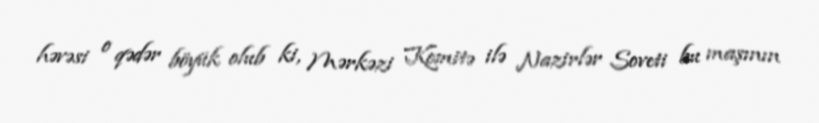
həvəsi o qədər böyük olub ki, Mərkəzi Komitə ilə Nazirlər Soveti bu maşının